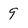
Character: 9